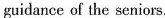
guidance of the seniors.